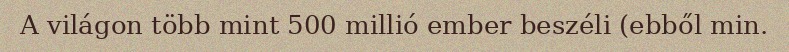
A világon több mint 500 millió ember beszéli (ebből min.